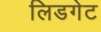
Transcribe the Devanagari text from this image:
लिडगेट